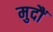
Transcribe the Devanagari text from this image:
मुदौं